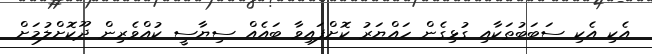
އެކި އެކި ސަބަބުތަކާއި ގުޅިގެން ހައްޔަރު ކޮށްފައިވާ ބައެއް ސިޔާސީ ކުއްވެރިން ދޫކޮށްލުމަށް